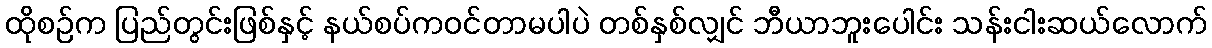
ထိုစဉ်က ပြည်တွင်းဖြစ်နှင့် နယ်စပ်ကဝင်တာမပါပဲ တစ်နှစ်လျှင် ဘီယာဘူးပေါင်း သန်းငါးဆယ်လောက်